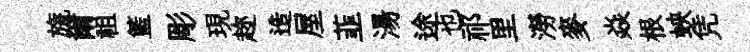
旒爾祖籃彫現趂造屋韮湯途也祁里澇麥焱根蛺凭